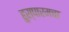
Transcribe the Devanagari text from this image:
हुस्पारमचा